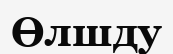
Өлшду